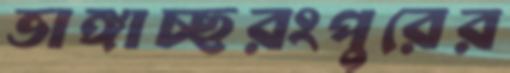
ভাঙ্গাচ্ছরংপুরের